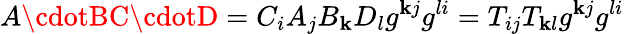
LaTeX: A\cdotBC\cdotD=C_{i}A_{j}B_{\mathbf{k}}D_{l}g^{\mathbf{k}j}g^{li}=T_{ij}T_{\mathbf{k}l}g^{\mathbf{k}j}g^{li}